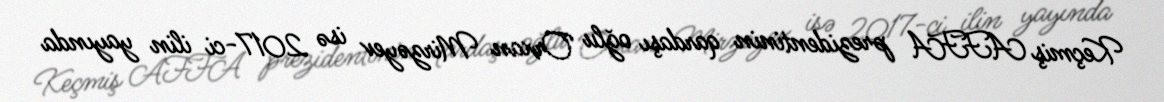
Keçmiş AFFA prezidentinin qardaşı oğlu Orxan Mirzəyev isə 2017-ci ilin yayında